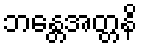
ဘန္တေအတ္တနိ